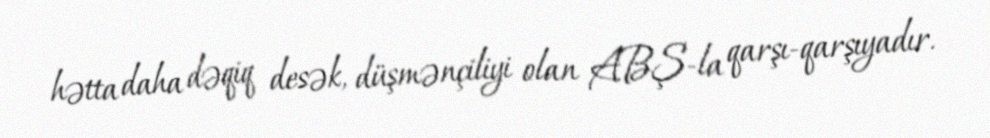
hətta daha dəqiq desək, düşmənçiliyi olan ABŞ-la qarşı-qarşıyadır.